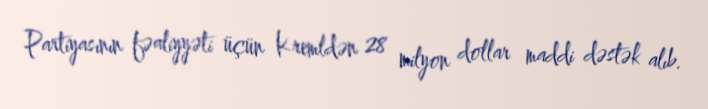
Partiyasının fəaliyyəti üçün Kremldən 28 milyon dollar maddi dəstək alıb.